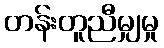
တန်းတူညီမျှမှု